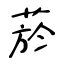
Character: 菸